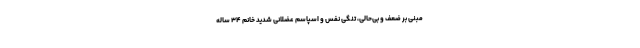
مبنی بر ضعف و بی‌حالی، تنگی نفس و اسپاسم عضلانی شدید خانم ۳۴ ساله